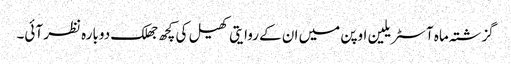
گزشتہ ماہ آسٹریلین اوپن میں ان کے روایتی کھیل کی کچھ جھلک دوبارہ نظر آئی۔